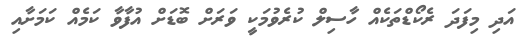
އަދި މިފަދަ ރެކޯޑްތަކެއް ހާސިލް ކުރެވުމަކީ ވަރަށް ބޮޑަށް އުފާވާ ކަމެއް ކަމަށާއި